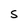
Character: S